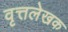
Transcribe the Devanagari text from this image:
वृत्तलेखक